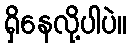
ရှိနေလို့ပါပဲ။